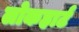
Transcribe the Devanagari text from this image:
लोकहार्ट